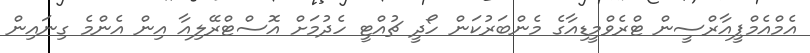
އެމްއެމްޕީއާރްސީން ޓްރެވްމީޑިއާގެ މެންބަރުކަން ހޯދީ ޗުއްޓީ ހެދުމަށް އޮސްޓްރޭލިއާ އިން އެންމެ ގިނައިން